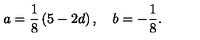
a = \frac { 1 } { 8 } \left( 5 - 2 d \right) , \quad b = - \frac { 1 } { 8 } .